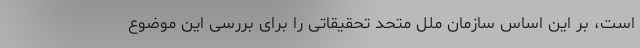
است، بر این اساس سازمان ملل متحد تحقیقاتی را برای بررسی این موضوع